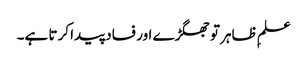
علمِ ظاہر تو جھگڑے اور فساد پیدا کرتا ہے۔